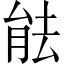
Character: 䏻